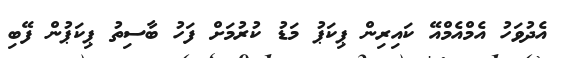
އެދުވަހު އެމްއެމްއޭ ކައިރިން ޕިކަޕު މަޑު ކުރުމަށް ފަހު ބާސިތު ޕިކަޕުން ފޭބި